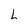
Character: L